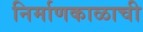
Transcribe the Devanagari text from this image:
निर्माणकाळाची